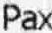
PAX